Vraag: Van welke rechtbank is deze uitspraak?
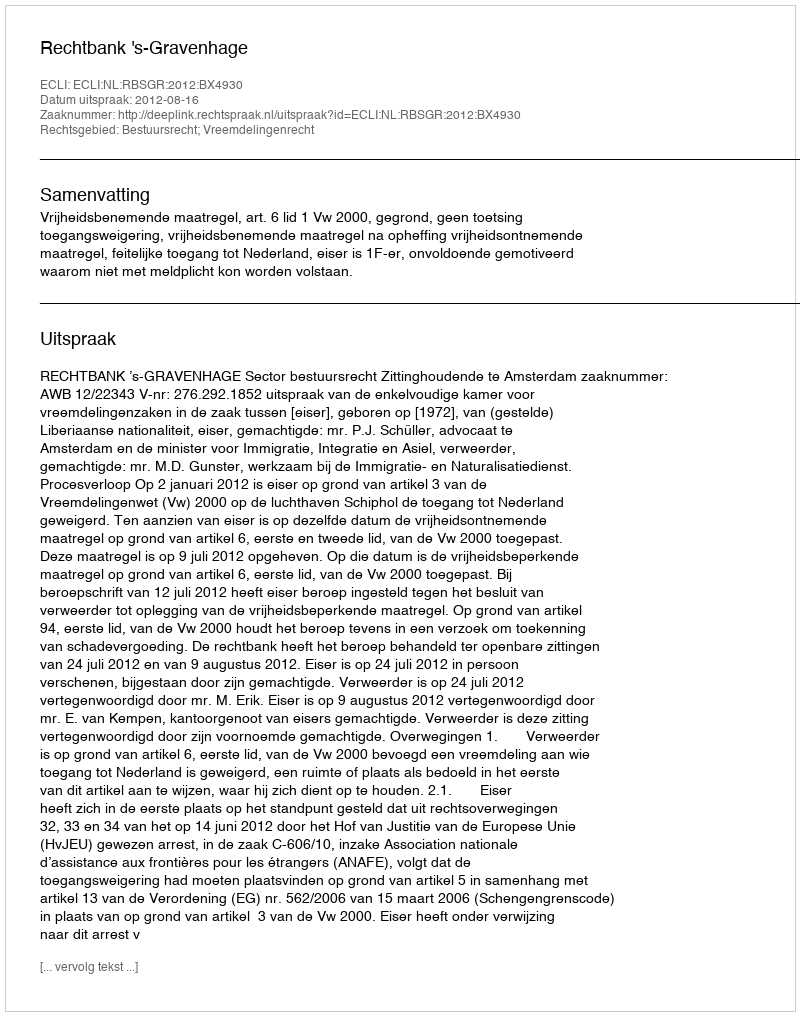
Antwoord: Rechtbank 's-Gravenhage